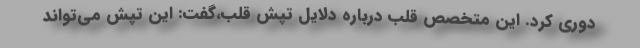
دوری کرد. این متخصص قلب درباره دلایل تپش قلب،گفت: این تپش می‌تواند